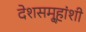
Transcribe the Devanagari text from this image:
देशसमू्हांशी